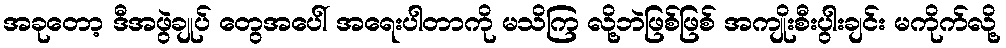
အခုတော့ ဒီအဖွဲချုပ် တွေအပေါ် အရေးပါတာကို မသိကြ လို့ဘဲဖြစ်ဖြစ် အကျိုးစီးပွါးချင်း မကိုက်လို့